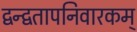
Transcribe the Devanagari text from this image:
द्वन्द्वतापनिवारकम्